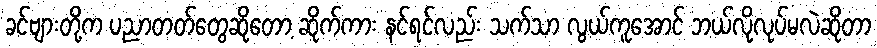
ခင်ဗျားတို့က ပညာတတ်တွေဆိုတော့ ဆိုက်ကား နင်ရင်လည်း သက်သာ လွယ်ကူအောင် ဘယ်လိုလုပ်မလဲဆိုတာ